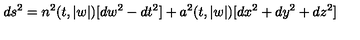
d s ^ { 2 } = n ^ { 2 } ( t , | w | ) [ d w ^ { 2 } - d t ^ { 2 } ] + a ^ { 2 } ( t , | w | ) [ d x ^ { 2 } + d y ^ { 2 } + d z ^ { 2 } ]